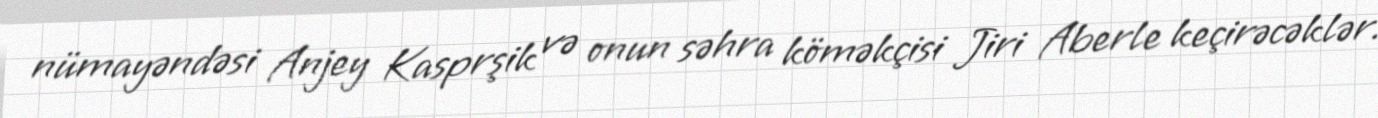
nümayəndəsi Anjey Kasprşik və onun səhra köməkçisi Jiri Aberle keçirəcəklər.